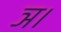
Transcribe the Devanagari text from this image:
ञ।